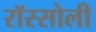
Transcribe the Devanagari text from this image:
रॉस्सोली